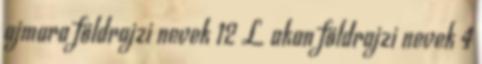
ajmara földrajzi nevek‎ 12 L akan földrajzi nevek‎ 4